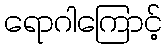
ရောဂါကြောင့်